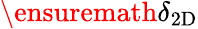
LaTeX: \ensuremath{\delta_{\mathrm{2D}}}